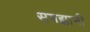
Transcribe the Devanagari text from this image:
समझानी